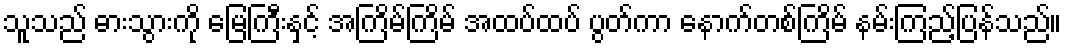
သူသည် ဓားသွားကို မြေကြီးနှင့် အကြိမ်ကြိမ် အထပ်ထပ် ပွတ်ကာ နောက်တစ်ကြိမ် နမ်းကြည့်ပြန်သည်။